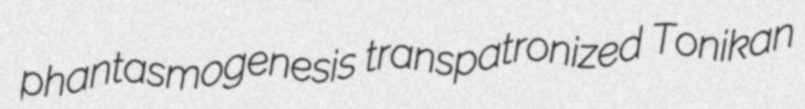
phantasmogenesis transpatronized Tonikan